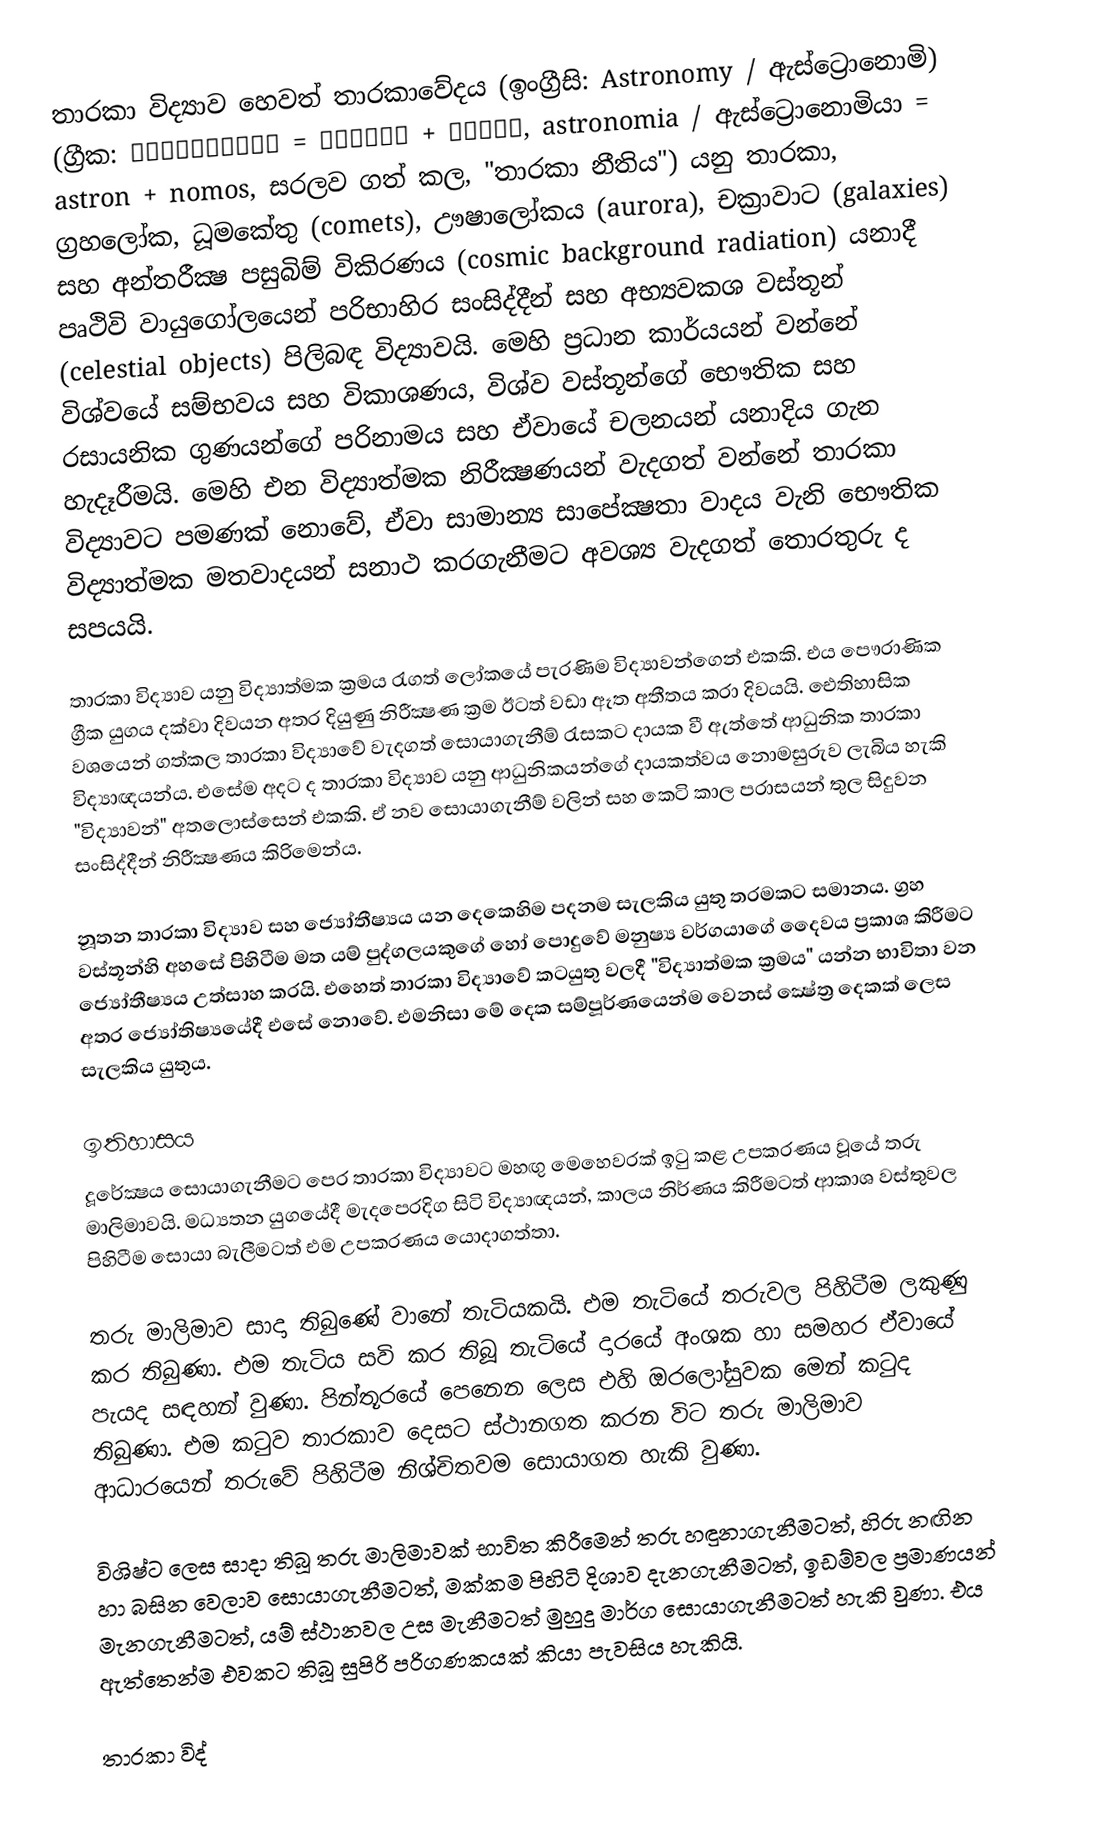
තාරකා විද්‍යාව හෙවත් තාරකාවේදය (ඉංග්‍රීසි: Astronomy / ඇස්ට්‍රොනොමි) (ග්‍රීක: αστρονομία = άστρον + νόμος, astronomia / ඇස්ට්‍රොනොමියා  = astron + nomos, සරලව ගත් කල, "තාරකා නීතිය") යනු තාරකා, ග්‍රහලෝක, ධූමකේතු (comets), ඌෂාලෝකය (aurora), චක්‍රාවාට (galaxies) සහ අන්තරීක්‍ෂ පසුබිම් විකිරණය (cosmic background radiation) යනාදී පෘථිවි වායුගෝලයෙන් පරිභාහිර සංසිද්දීන් සහ අභ්‍යවකශ වස්තූන් (celestial objects) පිලිබඳ විද්‍යාවයි. මෙහි ප්‍රධාන කාර්යයන් වන්නේ විශ්වයේ සම්භවය සහ විකාශණය, විශ්ව වස්තූන්ගේ භෞතික සහ රසායනික ගුණයන්ගේ පරිනාමය සහ ඒවායේ චලනයන් යනාදිය ගැන හැදෑරීමයි. මෙහි එන විද්‍යාත්මක නිරීක්‍ෂණයන් වැදගත් වන්නේ තාරකා විද්‍යාවට පමණක් නොවේ, ඒවා සාමාන්‍ය සාපේක්‍ෂතා වාදය වැනි භෞතික විද්‍යාත්මක මතවාදයන් සනාථ කරගැනීමට අවශ්‍ය වැදගත් තොරතුරු ද සපයයි.

තාරකා විද්‍යාව යනු විද්‍යාත්මක ක්‍රමය රැගත් ලෝකයේ පැරණිම විද්‍යාවන්ගෙන් එකකි. එය පෞරාණික ග්‍රීක යුගය දක්වා දිවයන අතර දියුණු නිරීක්‍ෂණ ක්‍රම ඊටත් වඩා ඈත අතීතය කරා දිවයයි. ඓතිහාසික වශයෙන් ගත්කල තාරකා විද්‍යාවේ වැදගත් සොයාගැනීම් රැසකට දායක වී ඇත්තේ ආධුනික තාරකා විද්‍යාඥයන්ය. එසේම අදට ද තාරකා විද්‍යාව යනු ආධුනිකයන්ගේ දායකත්වය නොමසුරුව ලැබිය හැකි "විද්‍යාවන්" අතලොස්සෙන් එකකි. ඒ නව සොයාගැනීම් වලින් සහ කෙටි කාල පරාසයන් තුල සිදුවන සංසිද්දීන් නිරීක්‍ෂණය කිරිමෙන්ය.

නූතන තාරකා විද්‍යාව සහ ජ්‍යෝතීෂ්‍යය යන දෙකෙහිම පදනම සැලකිය යුතු තරමකට සමානය. ග්‍රහ වස්තූන්හි අහසේ පිහිටීම මත යම් පුද්ගලයකුගේ හෝ පොදුවේ මනුෂ්‍ය වර්ගයාගේ දෛවය ප්‍රකාශ කිරීමට ජ්‍යෝතීෂ්‍යය උත්සාහ කරයි. එහෙත් තාරකා විද්‍යාවේ කටයුතු වලදී "විද්‍යාත්මක ක්‍රමය" යන්න භාවිතා වන අතර ජ්‍යෝතිෂ්‍යයේදී එසේ නොවේ. එමනිසා මේ දෙක සම්පූර්ණයෙන්ම වෙනස් ක්‍ෂේත්‍ර දෙකක් ලෙස සැලකිය යුතුය.

ඉතිහාසය
දූරේක්‍ෂය සොයාගැනීමට පෙර තාරකා විද්‍යාවට මහඟු මෙහෙවරක් ඉටු කළ උපකරණය වූයේ තරු මාලිමාවයි. මධ්‍යතන යුගයේදී මැදපෙරදිග සිටි විද්‍යාඥයන්, කාලය නිර්ණය කිරීමටත් ආකාශ වස්තුවල පිහිටීම සොයා බැලීමටත් එම උපකරණය යොදාගත්තා.

තරු මාලිමාව සාදා තිබුණේ වානේ තැටියකයි. එම තැටියේ තරුවල පිහිටීම ලකුණු කර තිබුණා. එම තැටිය සවි කර තිබූ තැටියේ දාරයේ අංශක හා සමහර ඒවායේ පැයද සඳහන් වුණා. පින්තූරයේ පෙනෙන ලෙස එහි ඔරලෝසුවක මෙන් කටුද තිබුණා. එම කටුව තාරකාව දෙසට ස්ථානගත කරන විට තරු මාලිමාව ආධාරයෙන් තරුවේ පිහිටීම නිශ්චිතවම සොයාගත හැකි වුණා.

විශිෂ්ට ලෙස සාදා තිබූ තරු මාලිමාවක් භාවිත කිරීමෙන් තරු හඳුනාගැනීමටත්, හිරු නඟින හා බසින වෙලාව සොයාගැනීමටත්, මක්කම පිහිටි දිශාව දැනගැනීමටත්, ඉඩම්වල ප්‍රමාණයන් මැනගැනීමටත්, යම් ස්ථානවල උස මැනීමටත් මුහුදු මාර්ග සොයාගැනීමටත් හැකි වුණා. එය ඇත්තෙන්ම එවකට තිබූ සුපිරි පරිගණකයක් කියා පැවසිය හැකියි.

තාරකා විද්